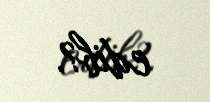
edib?.